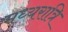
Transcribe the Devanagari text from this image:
मध्‍यरात्रि